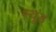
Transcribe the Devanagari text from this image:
स्‍यूड